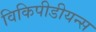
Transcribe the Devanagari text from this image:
विकिपीडीयन्स